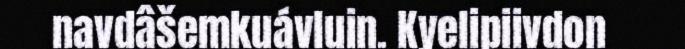
navdâšemkuávluin. Kyelipiivdon